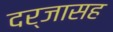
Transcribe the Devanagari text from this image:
दर्जासह